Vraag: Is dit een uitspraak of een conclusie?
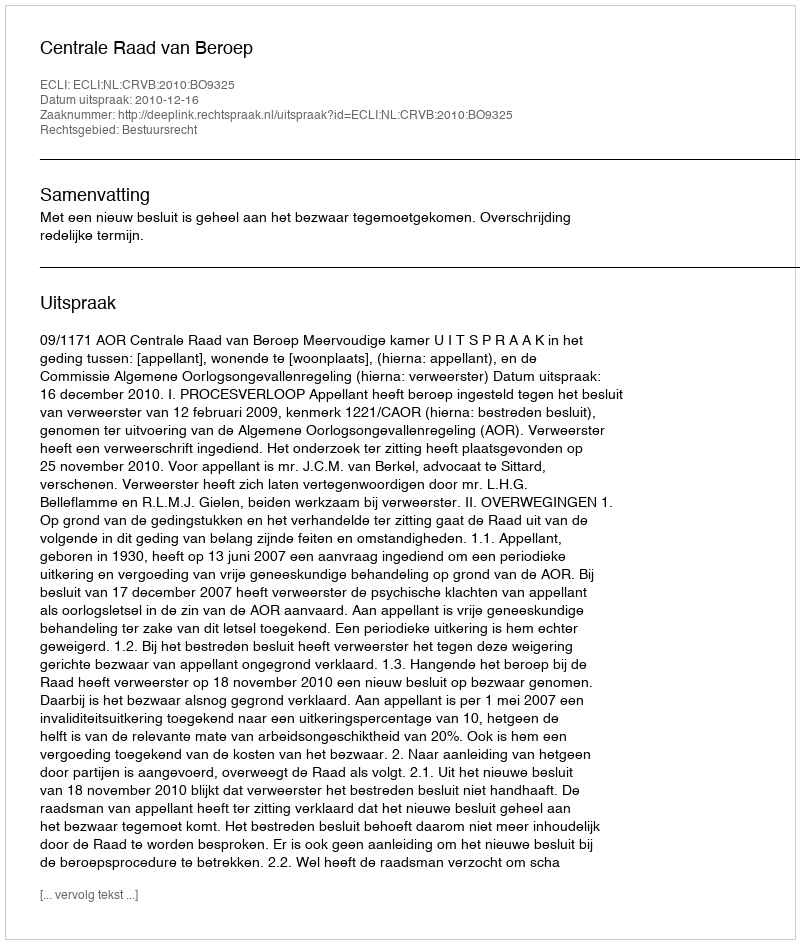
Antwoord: Uitspraak